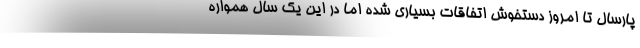
پارسال تا امروز دستخوش اتفاقات بسیاری شده اما در این یک سال همواره